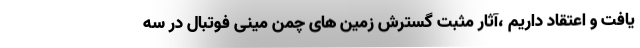
یافت و اعتقاد داریم ،آثار مثبت گسترش زمین های چمن مینی فوتبال در سه